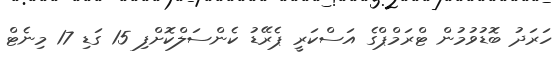
ހަރަދު ބޮޑުވުމުން ޓްރަމްޕްގެ އަސްކަރީ ޕެރޭޑު ކެންސަލްކޮށްފި 15 ގަޑި 17 މިނެޓް